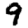
Digit: 9